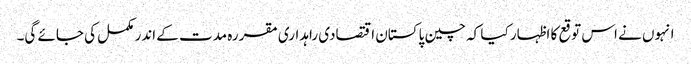
انہوں نے اس توقع کا اظہار کیا کہ چین پاکستان اقتصادی راہداری مقررہ مدت کے اندر مکمل کی جائے گی۔